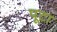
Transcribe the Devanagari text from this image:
पूटा